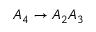
A _ { 4 } \rightarrow A _ { 2 } A _ { 3 }